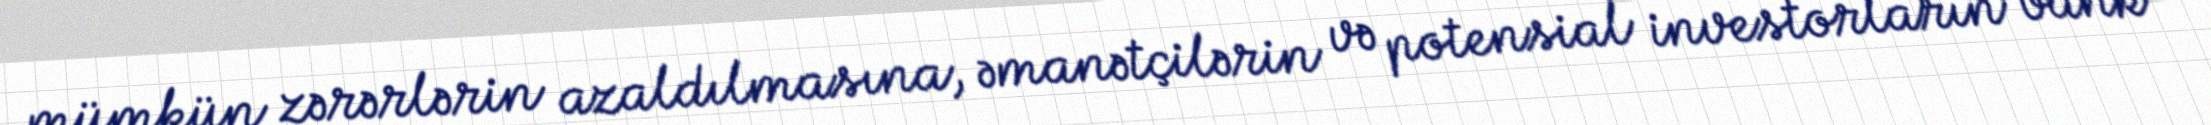
mümkün zərərlərin azaldılmasına, əmanətçilərin və potensial investorların bank